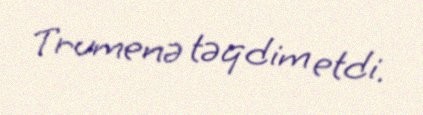
Trumenə təqdim etdi.